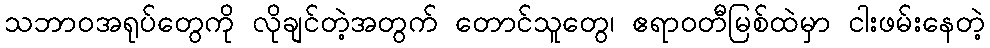
သဘာဝအရုပ်တွေကို လိုချင်တဲ့အတွက် တောင်သူတွေ၊ ဧရာဝတီမြစ်ထဲမှာ ငါးဖမ်းနေတဲ့